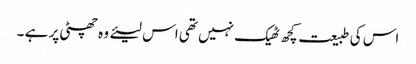
اس کی طبیعت کچھ ٹھیک نہیں تھی اس لیئے وہ چھٹی پر ہے ۔